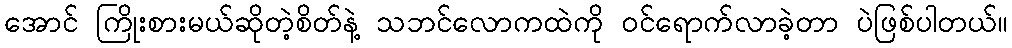
အောင် ကြိုးစားမယ်ဆိုတဲ့စိတ်နဲ့ သဘင်လောကထဲကို ဝင်ရောက်လာခဲ့တာ ပဲဖြစ်ပါတယ်။